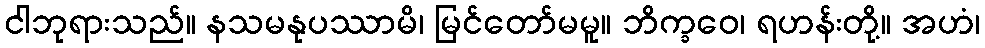
ငါဘုရားသည်။ နသမနုပဿာမိ၊ မြင်တော်မမူ။ ဘိက္ခဝေ၊ ရဟန်းတို့။ အဟံ၊